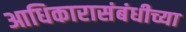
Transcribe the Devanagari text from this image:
आधिकारासंबंधीच्या